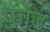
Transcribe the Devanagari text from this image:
फोंड